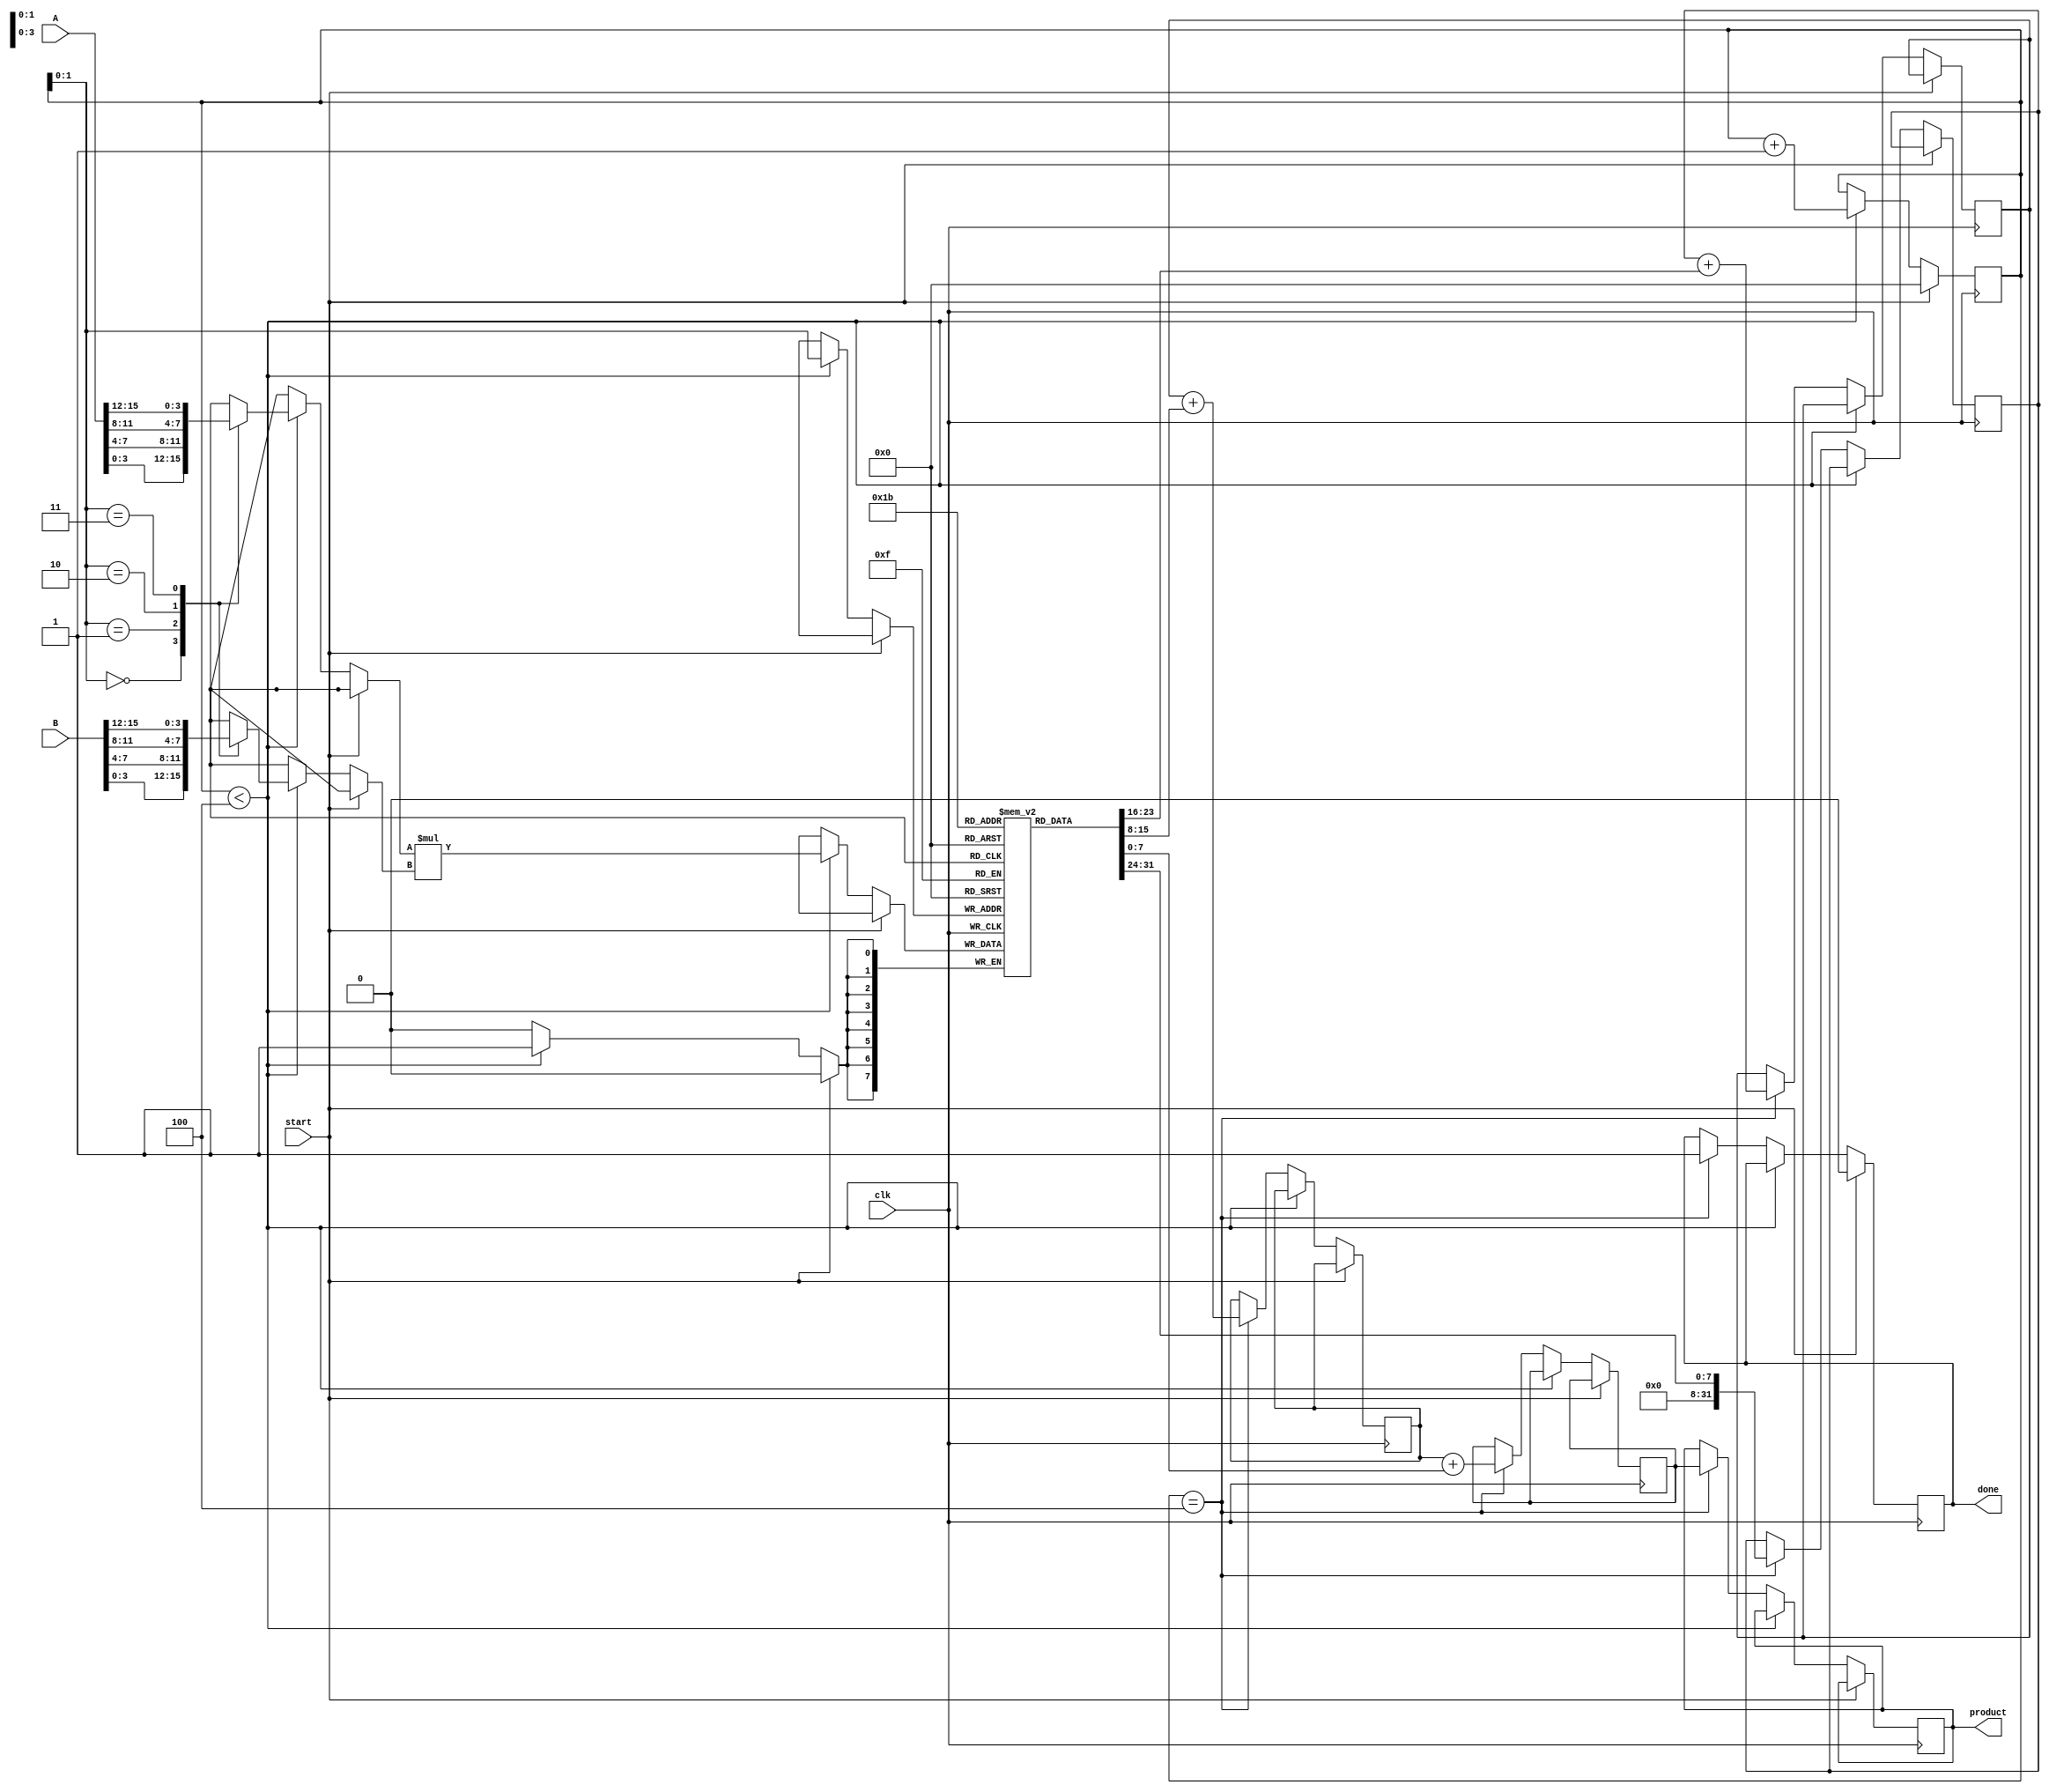
module pipelined_sliced_multiplier #(
    parameter N = 16, // Width of the input operands
    parameter M = 4   // Width of each slice
) (
    input  wire [N-1:0] A,        // Input operand A
    input  wire [N-1:0] B,        // Input operand B
    input  wire clk,               // Clock signal
    input  wire start,             // Start signal for multiplication
    output reg [2*N-1:0] product,  // Output product
    output reg done                // Done signal
);

    localparam S = N / M; // Number of slices
    reg [M-1:0] A_slice [0:S-1]; // Slices of A
    reg [M-1:0] B_slice [0:S-1]; // Slices of B
    reg [2*M-1:0] partial_products [0:S-1]; // Partial products
    reg [2*N-1:0] accumulators [0:S-1]; // Accumulated results
    reg [S-1:0] valid; // Valid signals for each slice
    reg [3:0] stage; // Current stage of the pipeline

    // Slice the inputs into smaller parts
    integer i;
    always @(*) begin
        for (i = 0; i < S; i = i + 1) begin
            A_slice[i] = A[i*M +: M];
            B_slice[i] = B[i*M +: M];
        end
    end

    // Partial product generation
    always @(posedge clk) begin
        if (start) begin
            stage <= 0;
            valid <= 0;
            done <= 0;
        end else if (stage < S) begin
            partial_products[stage] <= A_slice[stage] * B_slice[stage];
            valid[stage] <= 1;
            stage <= stage + 1;
        end else if (stage == S) begin
            // Accumulate partial products
            accumulators[0] <= partial_products[0];
            for (i = 1; i < S; i = i + 1) begin
                accumulators[i] <= accumulators[i-1] + partial_products[i];
            end
            product <= accumulators[S-1];
            done <= 1;
        end
    end

endmodule